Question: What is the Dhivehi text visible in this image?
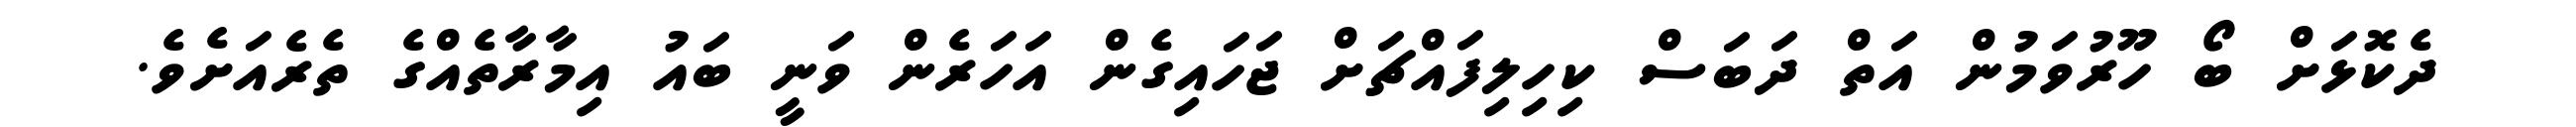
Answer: ދެކޮޅަށް ބޯ ހޫރުވަމުން އަތް ދަބަސް ކިހިލިފައްޗަށް ޖަހައިގެން އަހަރެން ވަނީ ބައު އިމާރާތެއްގެ ތެރެއަށެވެ.